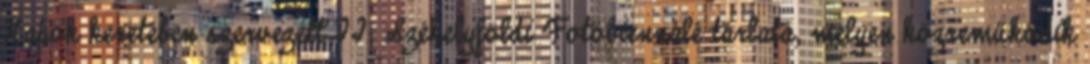
Napok keretében szervezett II. Székelyföldi Fotóbiennálé tárlata, melyen közreműködik